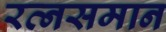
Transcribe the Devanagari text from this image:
रत्नसमान